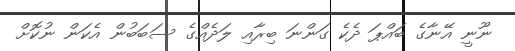
ނޫނީ އޭނާގެ ބައްޕަ ދެކެ ގަންނަ ބިރާއި ލަދެއްގެ ސަބަބުން އެކަން ނުކޮށް